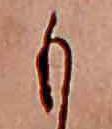
も